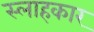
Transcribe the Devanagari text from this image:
स्लाहकार